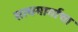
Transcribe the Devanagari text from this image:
सत्यमार्गाचा